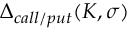
\Delta _ { c a l l / p u t } ( K , \sigma )